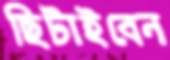
ছিটাইবেন